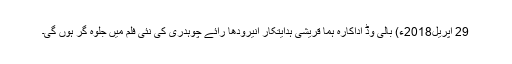
29 اپریل2018ء) بالی وڈ اداکارہ ہما قریشی ہدایتکار انیرودھا رائے چوہدری کی نئی فلم میں جلوہ گر ہوں گی۔